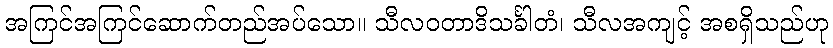
အကြင်အကြင်ဆောက်တည်အပ်သော။ သီလဝတာဒိသင်္ခါတံ၊ သီလအကျင့် အစရှိသည်ဟု